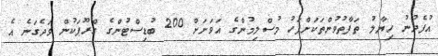
އުފެދުނު ހިޔާލު ތަފާތުވުންތަކަށްފަހު މުސްލިމުންގެ އަވަށަށް 200 ބުޑިސްޓުންގެ ގްރޫޕަކުން ވަދެގަނެ އެ